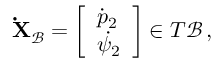
\mathbf { \dot { X } } _ { \mathcal { B } } = \left[ \begin{array} { l } { \dot { p } _ { 2 } } \\ { \dot { \psi _ { 2 } } } \end{array} \right] \in T \mathcal { B } \, ,